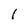
Character: I